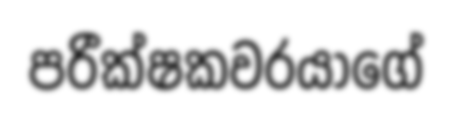
පරීක්ෂකවරයාගේ